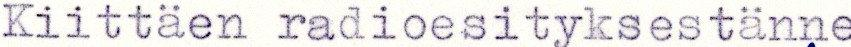
Kiittäen radioesityksestänne